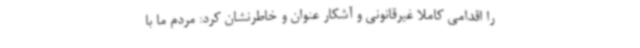
را اقدامی کاملا غیرقانونی و آشکار عنوان و خاطرنشان کرد: مردم ما با